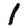
Digit: 1